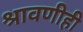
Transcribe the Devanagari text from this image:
श्रावणीही